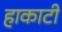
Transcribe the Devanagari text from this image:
हाकाटी